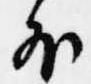
外